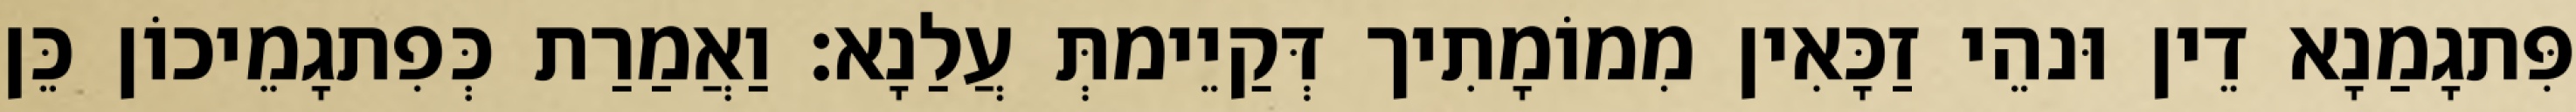
פִּתגָמַנָא דֵין וּנהֵי זַכָּאִין מִמוֹמָתִיך דְּקַיֵימתְּ עֲלַנָא׃ וַאֲמַרַת כְּפִתגָמֵיכוֹן כֵּן